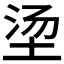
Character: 𮰠